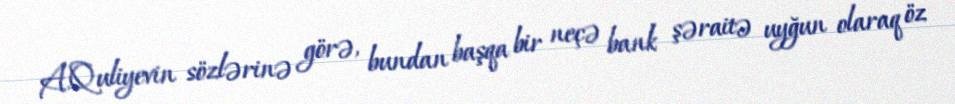
A.Quliyevin sözlərinə görə, bundan başqa bir neçə bank şəraitə uyğun olaraq öz